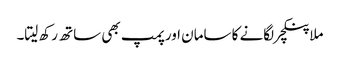
ملا پنکچر لگانے کا سامان اور پمپ بھی ساتھ رکھ لیتا۔